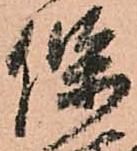
保